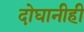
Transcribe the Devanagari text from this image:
दोघानीही